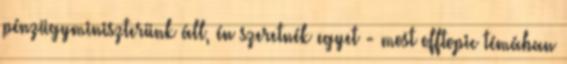
pénzügyminiszterünk áll, én szeretnék egyet - most offtopic témában